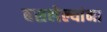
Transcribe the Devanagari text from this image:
बसलेल्यांना